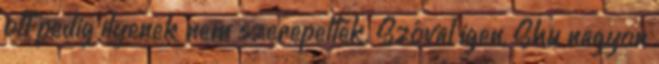
ott pedig ilyenek nem szerepeltek. Szóval igen, Shu nagyon